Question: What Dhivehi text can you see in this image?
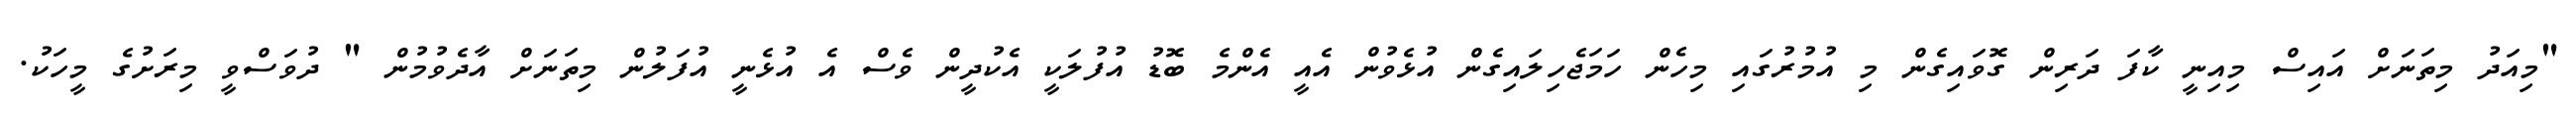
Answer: "މިއަދު މިތަނަށް އައިސް މިއިނީ ކާފަ ދަރިން ގޮވައިގެން މި އުމުރުގައި މިހެން ހަމަޖެހިލައިގެން އުޅެވުން އެއީ އެންމެ ބޮޑު އުފުލަކީ އެކުދީން ވެސް އެ އުޅެނީ އުފަލުން މިތަނަށް އާދެވުމުން " ދުވަސްވީ މިރަށުގެ މީހަކު.